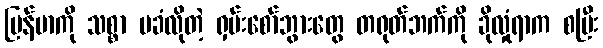
မြန်မာကို သစ္စာ မခံလိုတဲ့ ရှမ်းစော်ဘွားတွေ တရုတ်ဘက်ကို ခိုလှုံရာက စပြီး